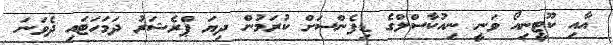
އާއި ކޫޓީނިއޯ ވަނީ ނިއުކާސްލްގެ ޑިފެންސަށް ކުރަމުން ދިޔަ ޕްރެޝަރު ދަމަހަޓައި ދެވަނަ